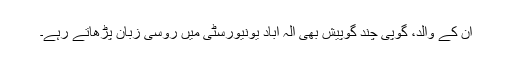
اُن کے والد، گوپی چند گوپیش بھی الہ آباد یونیورسٹی میں روسی زبان پڑھاتے رہے۔